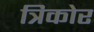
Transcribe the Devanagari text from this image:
त्रिकोर